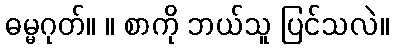
ဓမ္မဂုတ်။ ။ စာကို ဘယ်သူ ပြင်သလဲ။